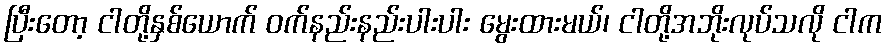
ပြီးတော့ ငါတို့နှစ်ယောက် ဝက်နည်းနည်းပါးပါး မွေးထားမယ်၊ ငါတို့အဘိုးလုပ်သလို ငါက